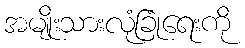
အမျိုးသားလုံခြုံရေးကို